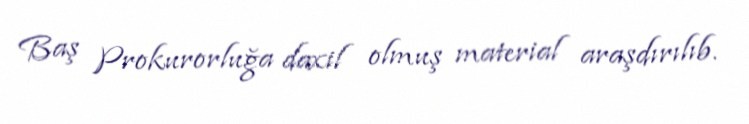
Baş Prokurorluğa daxil olmuş material araşdırılıb.